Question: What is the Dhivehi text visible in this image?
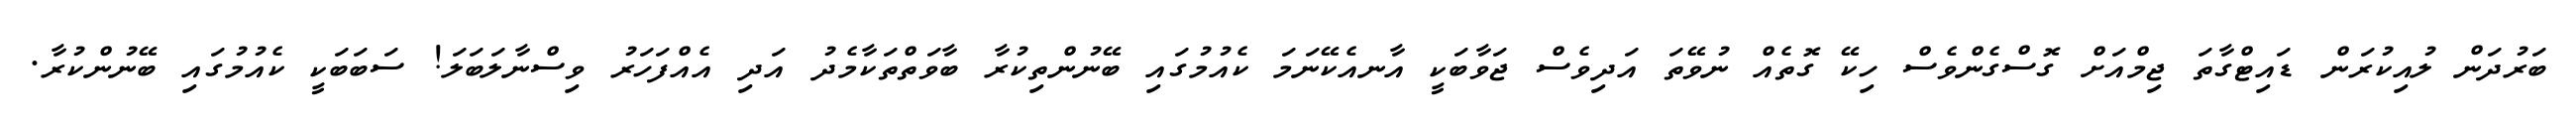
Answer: ބަރުދަން ލުއިކުރަން ޑައިޓްގާތަ ޖިމްއަށް ގޮސްގެންވެސް ހިކޭ ގޮތެއް ނުވޭތަ އަދިވެސް ޖަވާބަކީ އާނއެކޭނަމަ ކެއުމުގައި ބޭނުންތިކުރާ ބާވަތްތަކާމެދު އަދި އެއްފަހަރު ވިސްނާލަބަލަ! ސަބަބަކީ ކެއުމުގައި ބޭނުންކުރާ.